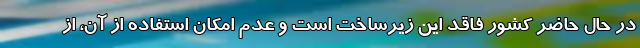
در حال حاضر کشور فاقد این زیرساخت است و عدم امکان استفاده از آن، از